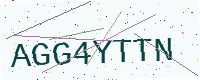
Text: AGG4YTTN